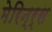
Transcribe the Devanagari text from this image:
मेरिन्र्स